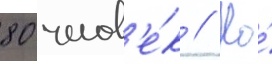
80 челов'е́к // Но́